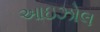
આઇઝોલ